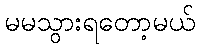
မမသွားရတော့မယ်